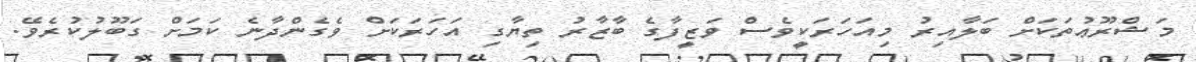
މަޝްރޫޢުތަކަށް ބަލާއިރު މިއަހަރަކީވެސް ވަޒީފާގެ ބާޒާރު ތިޔާގި އަހަރަކަށް ވެގެންދާނެ ކަމަށް ގަބޫލުކުރެވޭ.